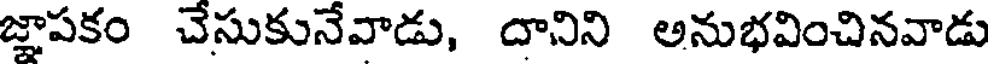
జ్ఞాపకం చేసుకునేవాడు, దానిని అనుభవించినవాడు